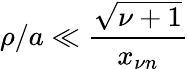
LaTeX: \rho/a\ll\frac{\sqrt{\nu+1}}{x_{\nu n}}